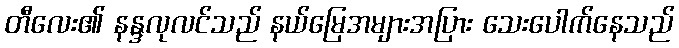
တီလေး၏ နန္ဒလုလင်သည် နယ်မြေအများအပြား သေးပေါက်နေသည်